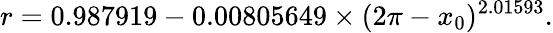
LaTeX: r=0.987919-0.00805649\times(2\pi-x_{0})^{2.01593}.